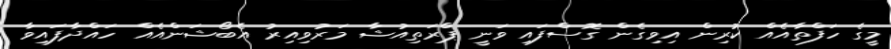
މީގެ ހަފްތާއެއް ކުރިން އިވިގެން ގޮސްފައި ވަނީ ޕްރަތިއުޝާ މަރުވިއިރު އެބޯޝަންއެއް ހައްދާފައިވާ